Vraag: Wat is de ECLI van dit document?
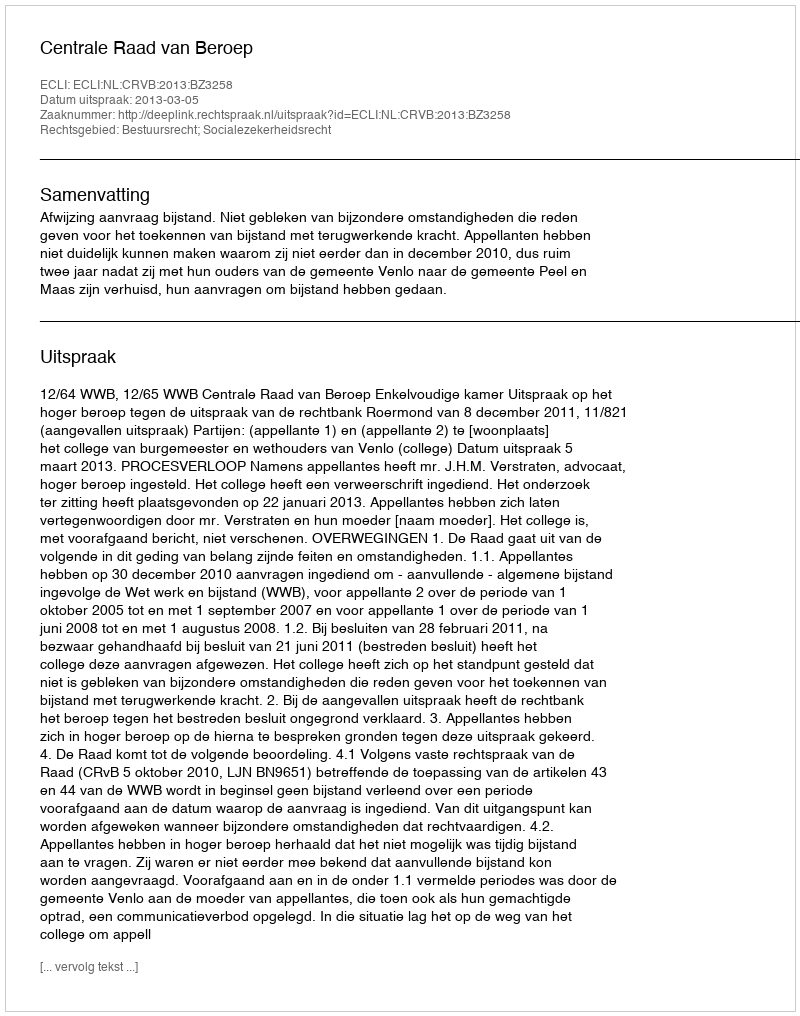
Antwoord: ECLI:NL:CRVB:2013:BZ3258